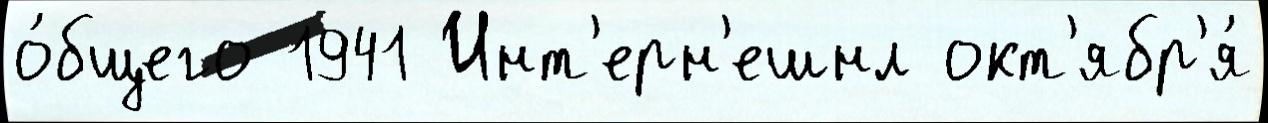
о́бщего 1941 Инт'ерн'ешнл окт'ябр'я́